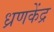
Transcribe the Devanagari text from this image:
ध्रणकेंद्र